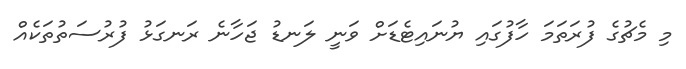
މި މެޗުގެ ފުރަތަމަ ހާފުގައި ޔުނައިޓެޑަށް ވަނީ ލަނޑު ޖަހާނެ ރަނގަޅު ފުރުސަތުތަކެއް